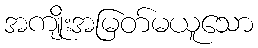
အကျိုးအမြတ်မယူသော